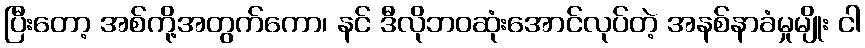
ပြီးတော့ အစ်ကို့အတွက်ကော၊ နင် ဒီလိုဘဝဆုံးအောင်လုပ်တဲ့ အနစ်နာခံမှုမျိုး ငါ